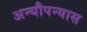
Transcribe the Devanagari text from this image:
अन्यौपन्यास